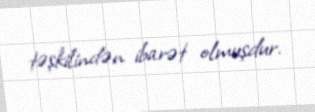
təşkilindən ibarət olmuşdur.